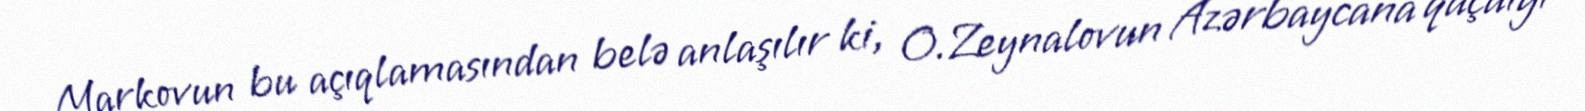
Markovun bu açıqlamasından belə anlaşılır ki, O.Zeynalovun Azərbaycana qaçdığı